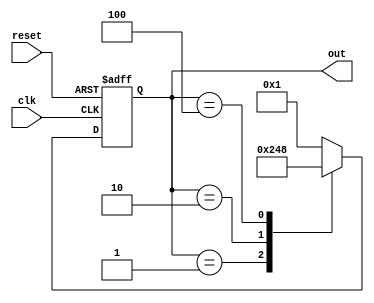
module ring_counter(
    input wire clk,
    input wire reset,
    output reg [3:0] out
);

reg [3:0] next_out;

always @(posedge clk or posedge reset) begin
    if (reset) begin
        out <= 4'b0001;
    end else begin
        out <= next_out;
    end
end

always @(out) begin
    case(out)
        4'b0001: next_out = 4'b0010;
        4'b0010: next_out = 4'b0100;
        4'b0100: next_out = 4'b1000;
        4'b1000: next_out = 4'b0001;
        default: next_out = 4'b0001;
    endcase
end

endmodule